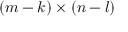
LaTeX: ( m - k ) \times ( n - l )